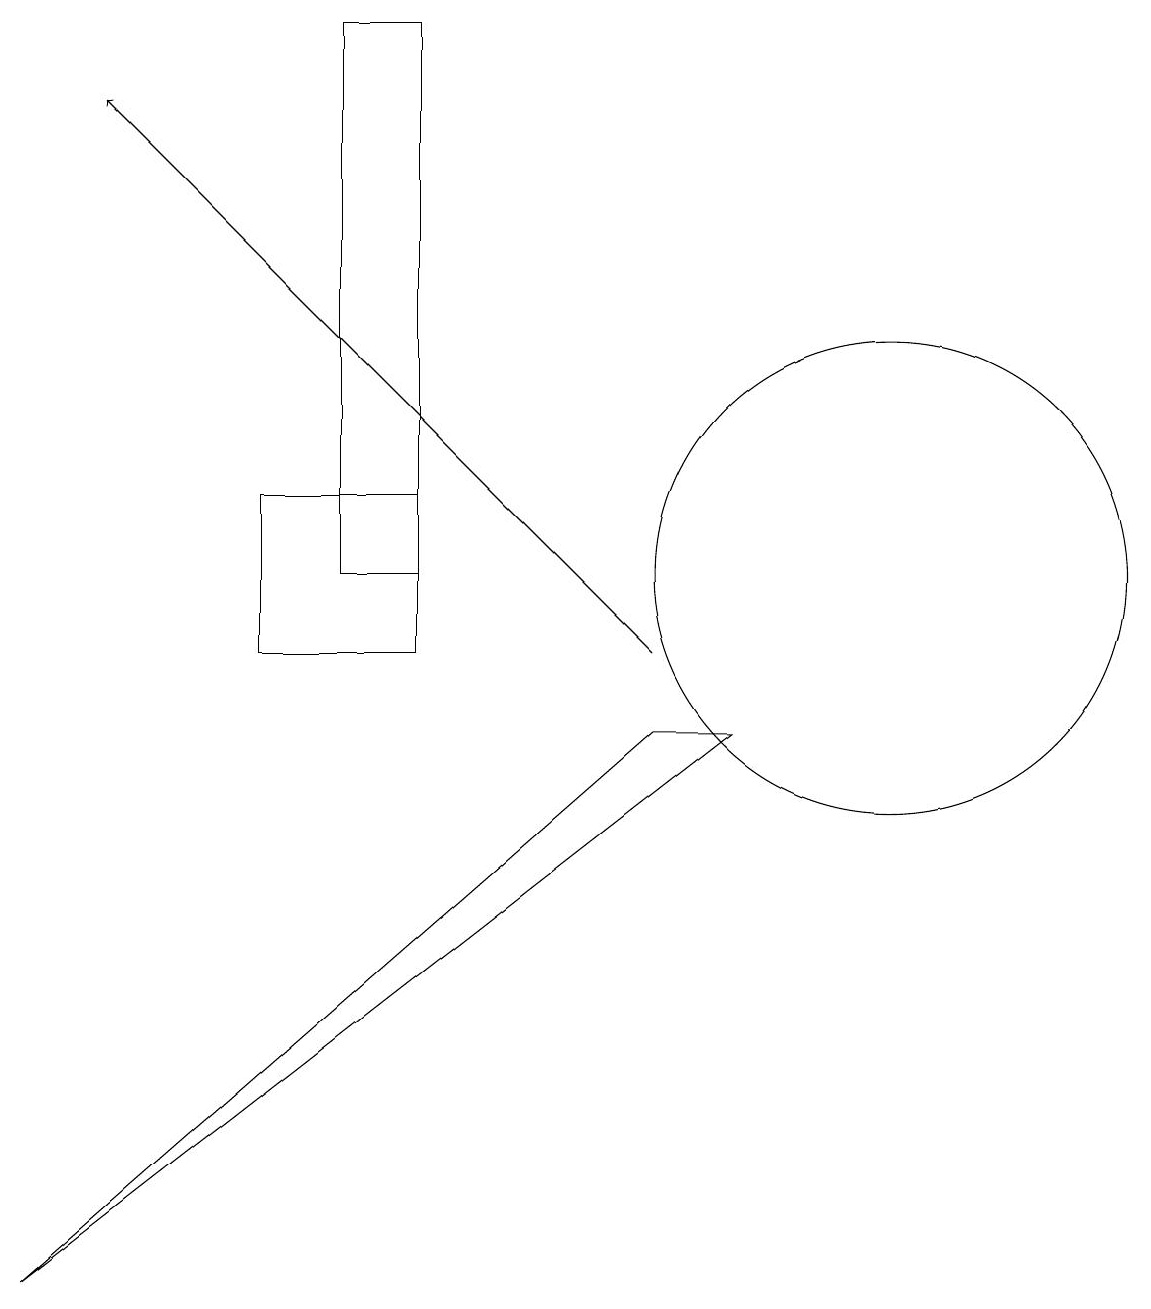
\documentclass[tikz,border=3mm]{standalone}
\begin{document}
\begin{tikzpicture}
\draw (11,11) circle (3);
\draw (5,18) rectangle (4,11);
\draw (3,10) rectangle (5,12);
\draw[->] (8,10) -- (1,17);
\draw (0,2) -- (8,9) -- (9,9) -- cycle;
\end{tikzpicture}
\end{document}